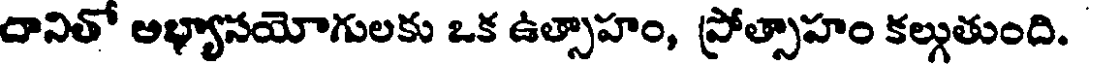
దానితో అభ్యాసయోగులకు ఒక ఉత్సాహం, ప్రోత్సాహం కల్గుతుంది.